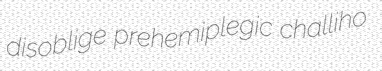
disoblige prehemiplegic challiho